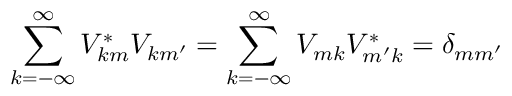
\sum _ { k = - \infty } ^ { \infty } V _ { k m } ^ { * } V _ { k m ^ { \prime } } = \sum _ { k = - \infty } ^ { \infty } V _ { m k } V _ { m ^ { \prime } k } ^ { * } = \delta _ { m m ^ { \prime } }